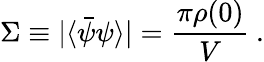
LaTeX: \Sigma\equiv|\langle\bar{\psi}\psi\rangle|=\frac{\pi\rho(0)}{V}\: .